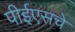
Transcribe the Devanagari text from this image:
पीईएसचे